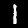
Digit: 1